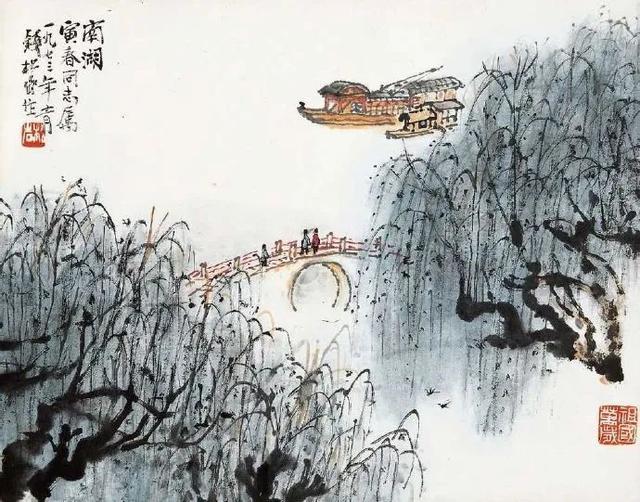
江送巴南水，山横塞北云。